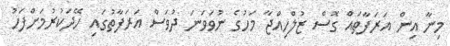
މިނާ އިން އަރަފާތައް ގޮސް ޒުލްހިއްޖާ މަހުގެ ނުވަވަނަ ދުވަސް އަރަފާތުގައި ހޭދަކުރުމަށްފަހު